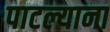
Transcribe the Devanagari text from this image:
पाटल्याना